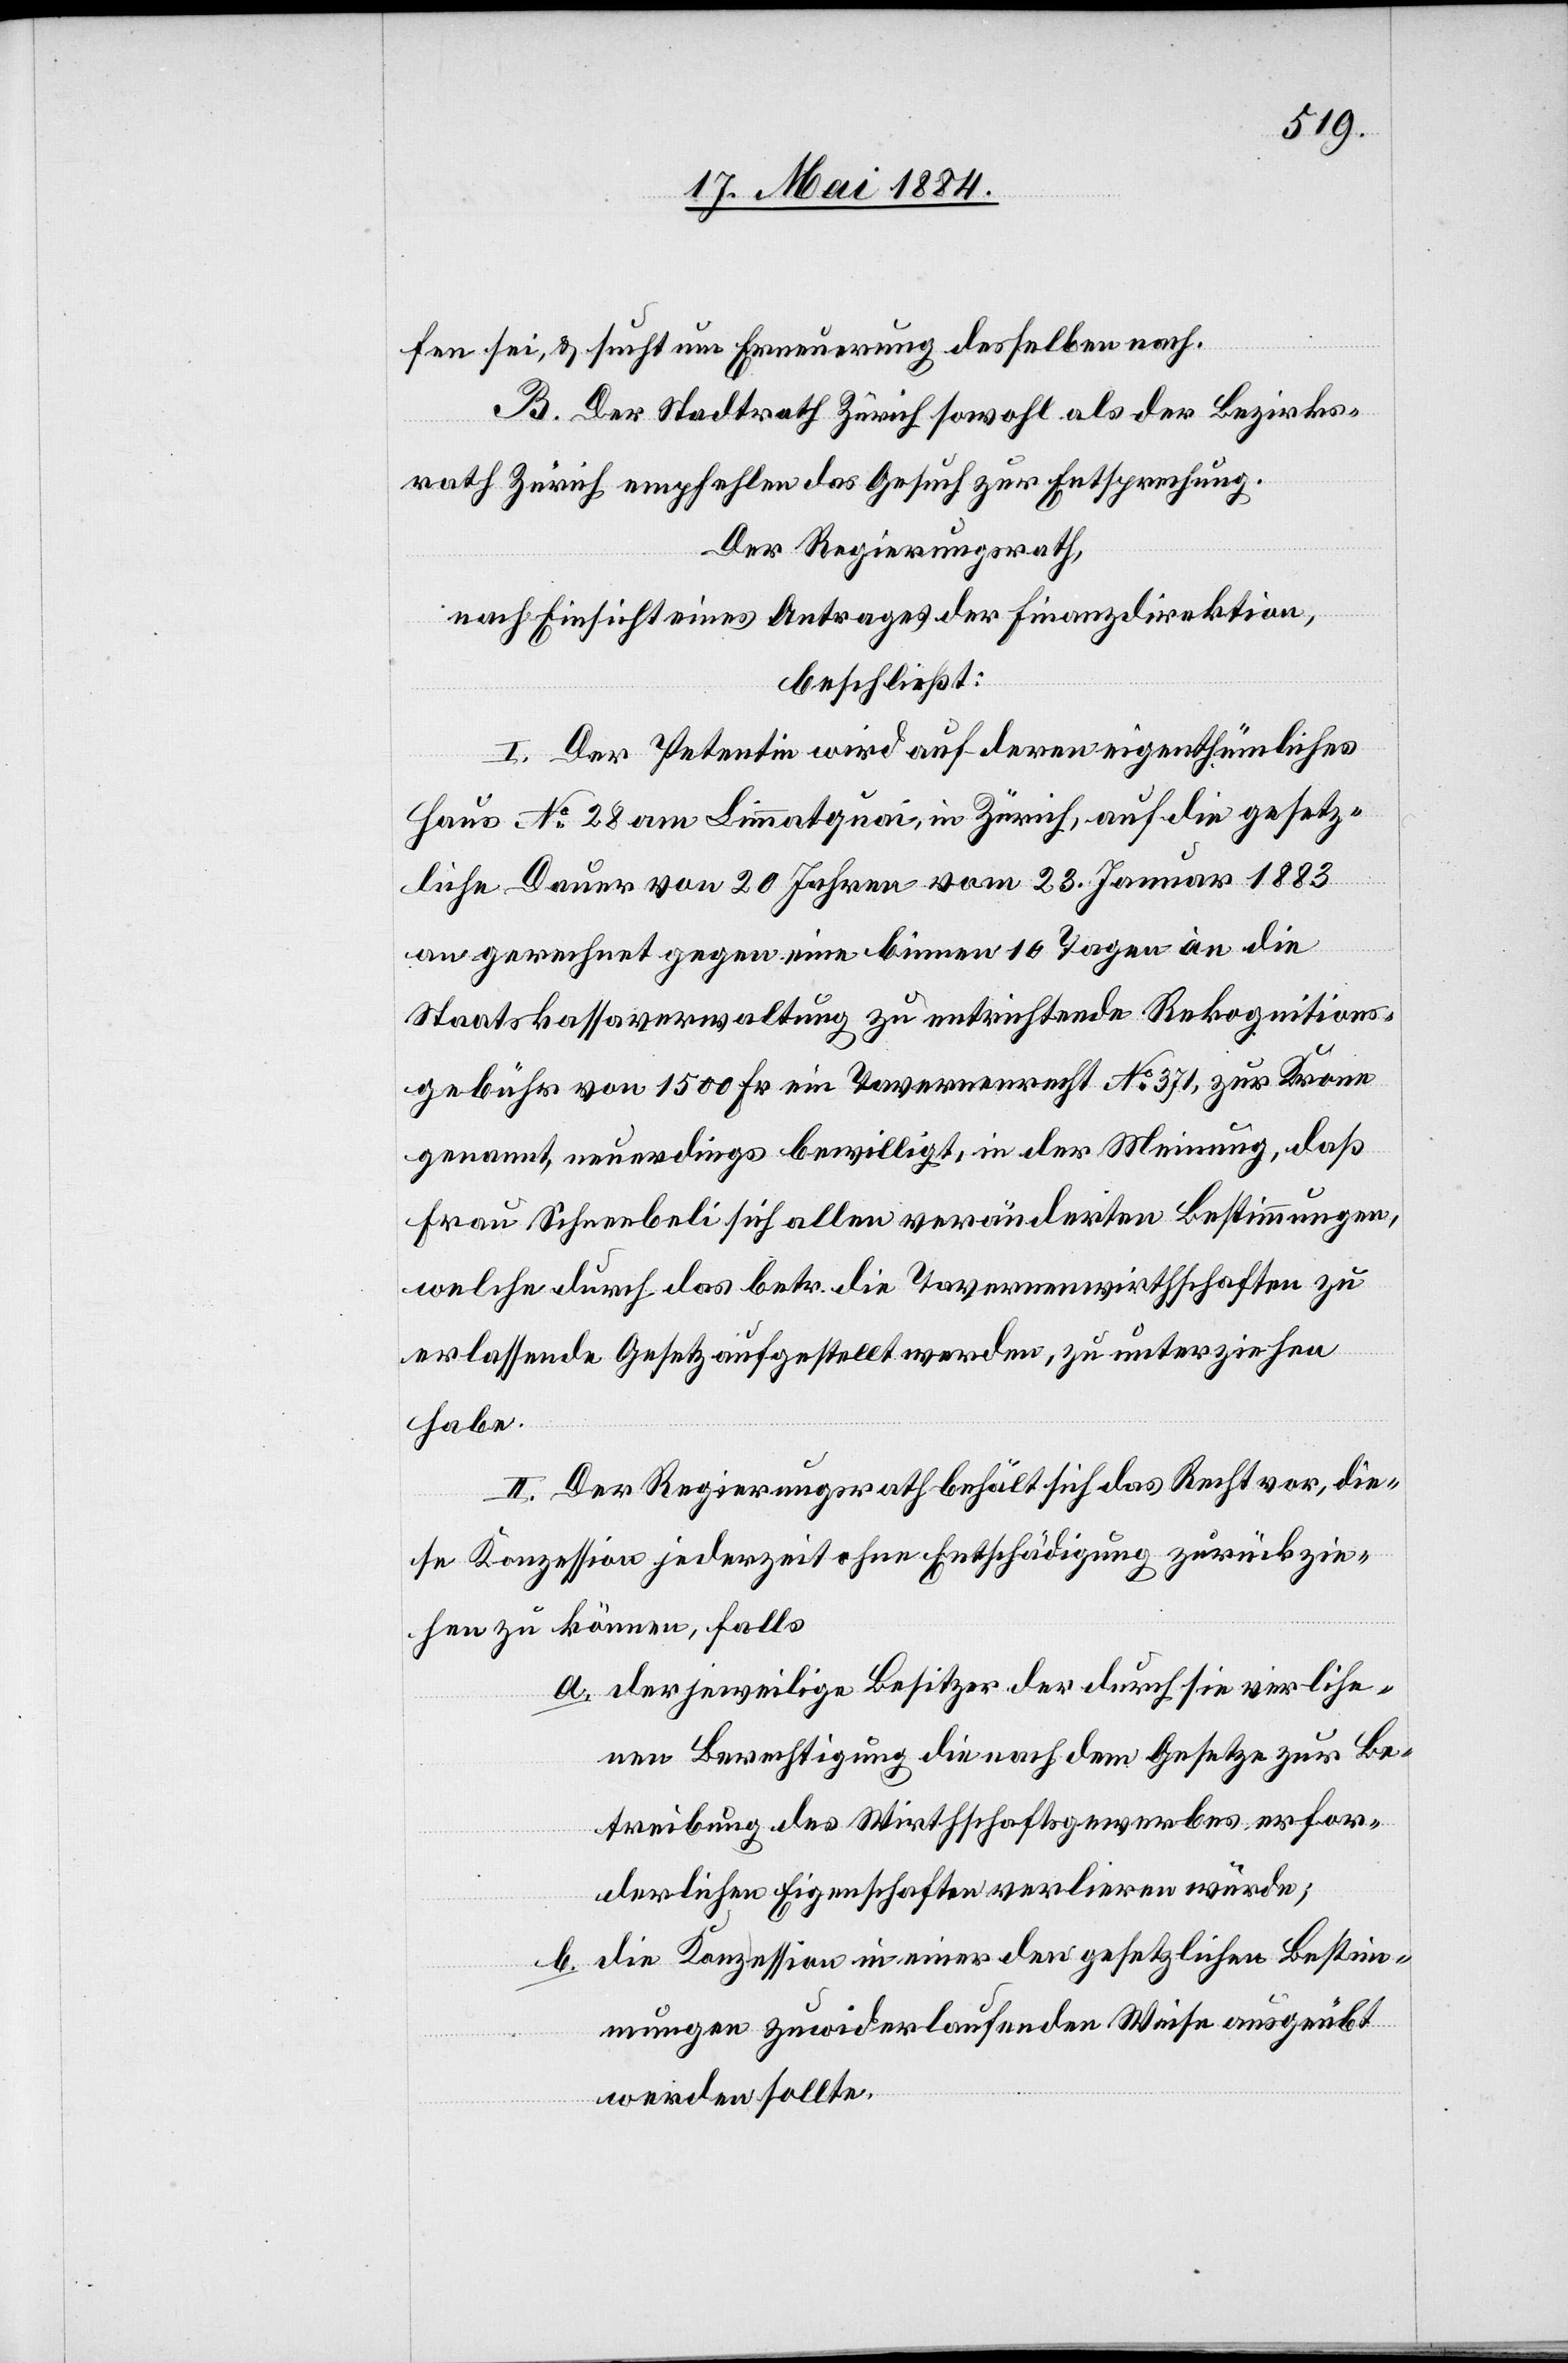
fen sei, & sucht um Erneuerung desselben nach.
B. Der Stadtrath Zürich sowohl als der Bezirks¬
rath Zürich empfehlen das Gesuch zur Entsprechung.
Der Regierungsrath,
nach Einsicht eines Antrages der Finanzdirektion,
beschließt:
I. Der Petentin wird auf deren eigenthümliches
Haus No 28 am Limmatquai, in Zürich, auf die gesetz¬
liche Dauer von 20 Jahren vom 23. Januar 1883
an gerechnet gegen eine binnen 10 Tagen an die
Staatskassaverwaltung zu entrichtende Rekognitions¬
gebühr von 1500 Fr. ein Tavernenrecht No 371, zur Krone
genannt, neuerdings bewilligt, in der Meinung, daß
Frau Schneebeli sich allen veränderten Bestimmungen,
welche durch das betr. die Tavernenwirthschaften zu
erlassende Gesetz aufgestellt werden, zu unterziehen
habe.
II. Der Regierungsrath behält sich das Recht vor, die¬
se Konzession jederzeit ohne Entschädigung zurückzie¬
hen zu können, falls
a. der jeweilige Besitzer der durch sie verli[e]he¬
nen Berechtigung die nach dem Gesetze zur Be¬
treibung des Wirthschaftsgewerbes erfor¬
derliche Eigenschaften verlieren würde;
die Konzession in einer den gesetzlichen Bestim¬
b.
mungen zuwiderlaufenden Weise ausgeübt
werden sollte.